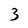
Character: 3